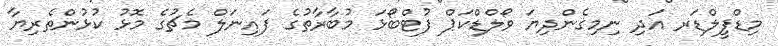
މިޑްފީލްޑަރ އަދި ނިމިގެންދިޔަ ވޯލްޑްކަޕް ފުޓްބޯޅަ މުބާރާތުގެ ފައިނަލް މެޗުގެ މޮޅު ކުޅުންތެރިޔާ